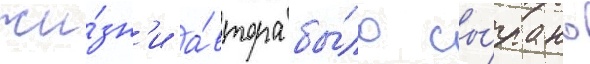
жи́зн'и а́втора бы́ло сы́грано